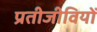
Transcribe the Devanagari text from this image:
प्रतीजीवियों